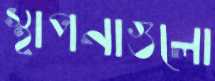
স্থাপনাগুলো